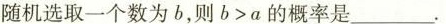
随机选取一个数为b，则$$b > a$$的概率是___.